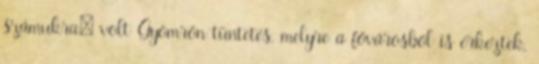
számukra: volt Gyömrőn tüntetés, melyre a fővárosból is érkeztek,